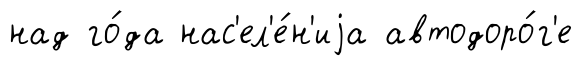
над го́да нас'ел'е́н'иjа автодоро́г'е